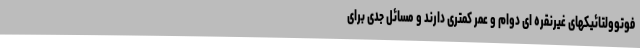
فوتوولتائیکهای غیرنقره ای دوام و عمر کمتری دارند و مسائل جدی برای